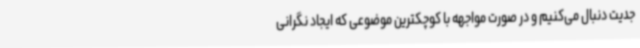
جدیت دنبال می‌کنیم و در صورت مواجهه با کوچکترین موضوعی که ایجاد نگرانی